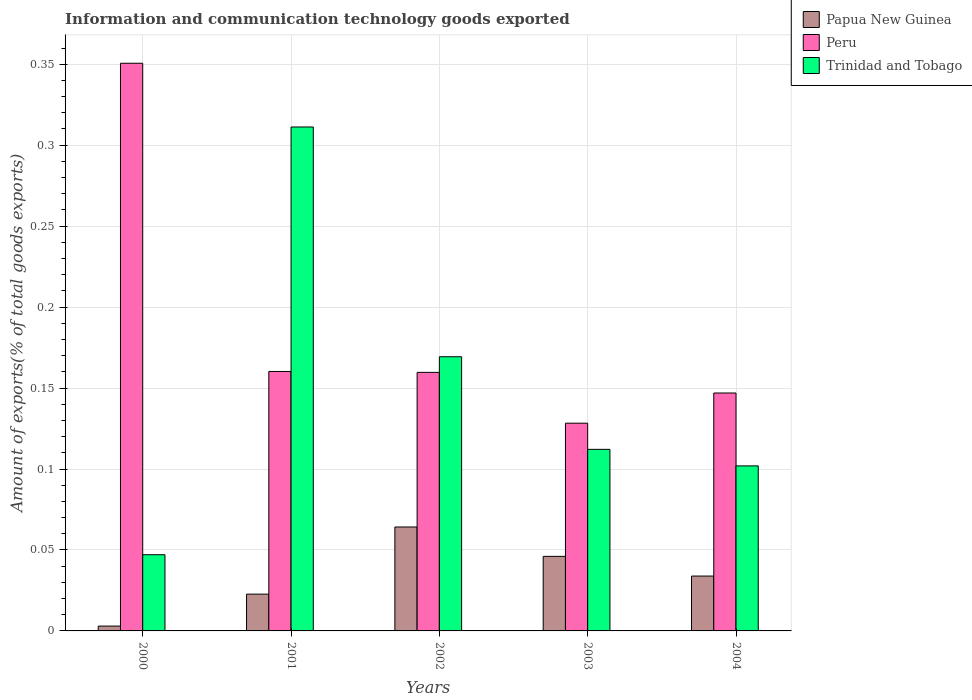
| Years | Papua New Guinea | Peru | Trinidad and Tobago |
 | --- | --- | --- | --- |
 | 2000 | 0.00299 | 0.351 | 0.0471 |
 | 2001 | 0.0227 | 0.16 | 0.311 |
 | 2002 | 0.0642 | 0.16 | 0.169 |
 | 2003 | 0.046 | 0.128 | 0.112 |
 | 2004 | 0.0339 | 0.147 | 0.102 |